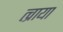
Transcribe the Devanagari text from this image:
त्व्राया